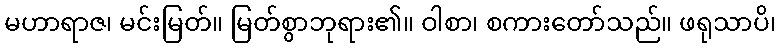
မဟာရာဇ၊ မင်းမြတ်။ မြတ်စွာဘုရား၏။ ဝါစာ၊ စကားတော်သည်။ ဖရုသာပိ၊